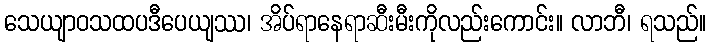
သေယျာဝသထပဒီပေယျဿ၊ အိပ်ရာနေရာဆီးမီးကိုလည်းကောင်း။ လာဘီ၊ ရသည်။